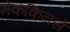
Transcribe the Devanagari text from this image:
मेककिनसे